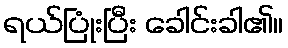
ရယ်ပြုံးပြီး ခေါင်းခါ၏။